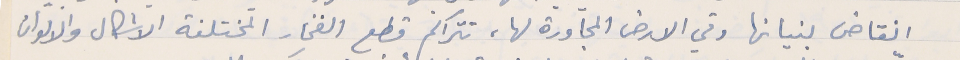
انقاض بنيانها وفي الارض المجاورة لها، تتراكم قطع الفخار المختلفة الاشكال والالوان